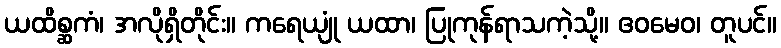
ယထိစ္ဆကံ၊ အလိုရှိတိုင်း။ ကရေယျုံ ယထာ၊ ပြုကုန်ရာသကဲ့သို့။ ဧဝမေဝ၊ တူပင်။